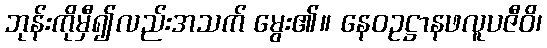
ဘုန်းကိုမှီ၍လည်းအသက် မွေး၏။ နေဝဥဋ္ဌာနဖလူပဇီဝိ၊